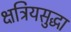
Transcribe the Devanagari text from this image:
क्षत्रियसुद्धा